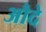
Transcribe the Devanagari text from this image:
औदे